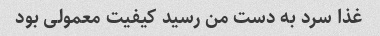
غذا سرد به دست من رسید کیفیت معمولی بود